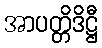
အာပတ္တိဒိဋ္ဌီ